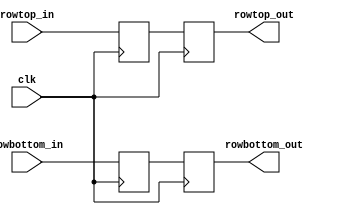
`timescale 1ns / 1ps

module IDEX
    #(parameter INPUT_WIDTH = 8)
    (
    input clk,          // Clock input
    input [INPUT_WIDTH - 1:0] rowtop_in,
    input [INPUT_WIDTH - 1:0] rowbottom_in,

    output reg [INPUT_WIDTH - 1:0] rowtop_out,
    output reg [INPUT_WIDTH - 1:0] rowbottom_out
    );
    
    reg [INPUT_WIDTH - 1:0] rowtop;
    reg [INPUT_WIDTH - 1:0] rowbottom;

    always @(posedge clk) begin
        rowtop <= rowtop_in;
        rowbottom <= rowbottom_in;
    end
    
    always @(negedge clk) begin
        rowtop_out <= rowtop;
        rowbottom_out <= rowbottom; 
    end
    
endmodule